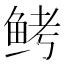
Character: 鲓